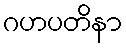
ဂဟပတိနာ